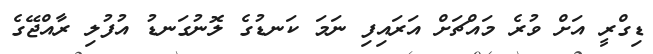
ޑިގްރީ އަށް ވުރެ މައްޗަށް އަރައިފި ނަމަ ކަނޑުގެ ލޮނުގަނޑު އުފުލި ރާއްޖޭގެ